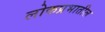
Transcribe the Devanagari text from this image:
लोकप्रभातील